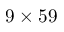
9 \times 5 9